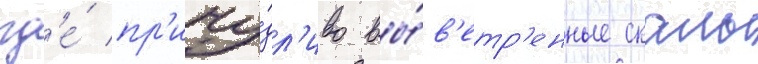
гд'е́ пр'ичу́дл'иво вы́в'етр'енные скалы